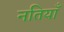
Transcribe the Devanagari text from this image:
नतियाँ